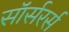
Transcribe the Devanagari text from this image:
सॉर्सरर्स